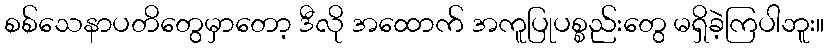
စစ်သေနာပတိတွေမှာတော့ ဒီလို အထောက် အကူပြုပစ္စည်းတွေ မရှိခဲ့ကြပါဘူး။